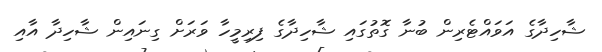
ޝާހިދާގެ އަވައްޓެރިން ބުނާ ގޮތުގައި ޝާހިދާގެ ފިރިމީހާ ވަރަށް ގިނައިން ޝާހިދާ އާއި